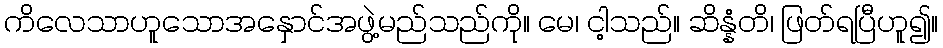
ကိလေသာဟူသောအနှောင်အဖွဲ့မည်သည်ကို။ မေ၊ ငါ့သည်။ ဆိန္နံတိ၊ ဖြတ်ရပြီဟူ၍။